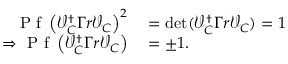
\begin{array} { r l } { \mathrm { ~ P ~ f ~ } \left( \mathcal { V } _ { C } ^ { \dagger } \Gamma r \mathcal { V } _ { C } \right) ^ { 2 } } & { { } = \operatorname* { d e t } ( \mathcal { V } _ { C } ^ { \dagger } \Gamma r \mathcal { V } _ { C } ) = 1 } \\ { \Rightarrow \mathrm { ~ P ~ f ~ } \left( \mathcal { V } _ { C } ^ { \dagger } \Gamma r \mathcal { V } _ { C } \right) } & { { } = \pm 1 . } \end{array}